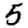
Digit: 5